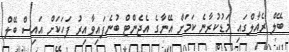
ބޭލް ރެއާލްގައި މަޑުކުރާނެ ކަމަށް އޭނާގެ އެޖެންޓް ބުނެފައިވާއިރު ފަހަކަށް އައިސް ބޭލް